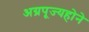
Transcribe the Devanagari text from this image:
अग्रपूज्यहोने